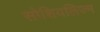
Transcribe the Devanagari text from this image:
सोशियलिज्म